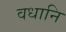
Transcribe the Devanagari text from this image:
वधानि